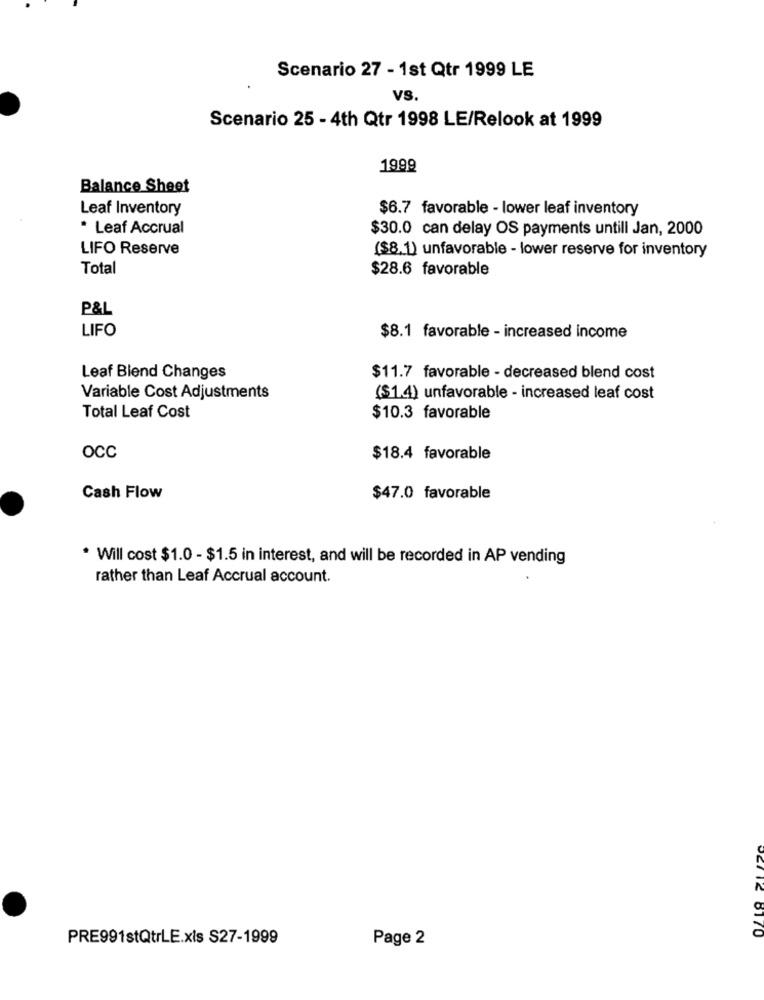
Scenario 27 - 1st Qtr 1999 LE
VS
Scenario 25 - 4th Qtr 1998 LE/Relook at 1999
1999
Balance Sheet
Leaf Inventory
$6.7 favorable - lower leaf inventory
* Leaf Accrual
$30.0 can delay OS payments untill Jan, 2000
LIFO Reserve
($8.1) unfavorable - lower reserve for inventory
Total
$28.6 favorable
P&L
LIFO
$8.1 favorable - increased income
Leaf Blend Changes
$11.7 favorable - decreased blend cost
Variable Cost Adjustments
($1.4) unfavorable - increased leaf cost
Total Leaf Cost
$10.3 favorable
OCC
$18.4 favorable
Cash Flow
$47.0 favorable
* Will cost $1.0 - $1.5 in interest, and will be recorded in AP vending
rather than Leaf Accrual account.
DET12 6170
PRE991stQtrLE.xis S27-1999
Page 2